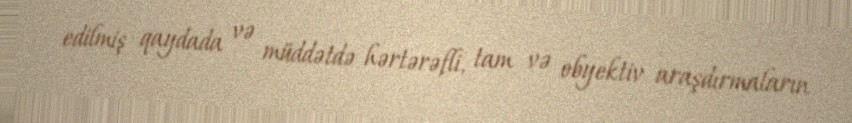
edilmiş qaydada və müddətdə hərtərəfli, tam və obyektiv araşdırmaların